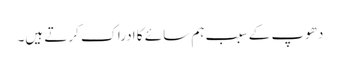
دھوپ کے سبب ہم سائے کا ادراک کرتے ہیں۔